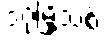
ဒဂုံမြို့သစ်